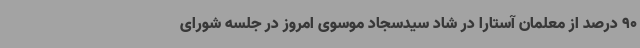
90 درصد از معلمان آستارا در شاد سیدسجاد موسوی امروز در جلسه شورای